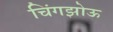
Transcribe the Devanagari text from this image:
चिंगझोऊ